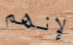
لإنهم